Vaccination in Burma 1900-1911 - 1900-1911
Year: 1900
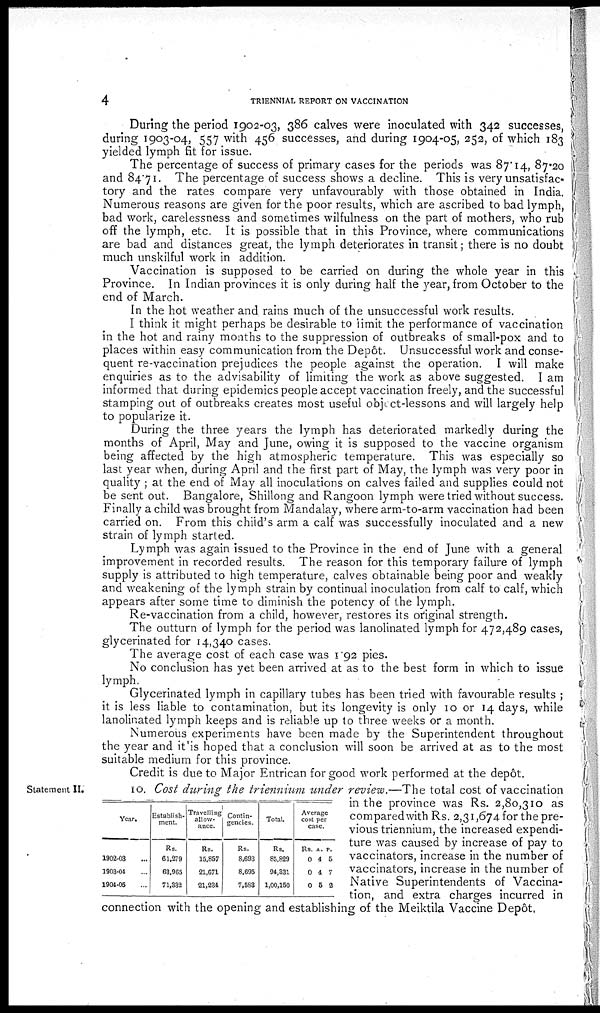
4
TRIENNIAL REPORT ON VACCINATION
During the period 1902-03, 386 calves were inoculated with 342 successes,
during 1903-04, 557 with 456 successes, and during 1904-05, 252, of which 183
yielded lymph fit for issue.
The percentage of success of primary cases for the periods was 87.14, 87.20
and 84.71. The percentage of success shows a decline. This is very unsatisfac-
tory and the rates compare very unfavourably with those obtained in India.
Numerous reasons are given for the poor results, which are ascribed to bad lymph,
bad work, carelessness and sometimes wilfulness on the part of mothers, who rub
off the lymph, etc. It is possible that in this Province, where communications
are bad and distances great, the lymph deteriorates in transit; there is no doubt
much unskilful work in addition.
Vaccination is supposed to be carried on during the whole year in this
Province. In Indian provinces it is only during half the year, from October to the
end of March.
In the hot weather and rains much of the unsuccessful work results.
I think it might perhaps be desirable to limit the performance of vaccination
in the hot and rainy months to the suppression of outbreaks of small-pox and to
places within easy communication from the Depôt. Unsuccessful work and conse-
quent re-vaccination prejudices the people against the operation. I will make
enquiries as to the advisability of limiting the work as above suggested. I am
informed that during epidemics people accept vaccination freely, and the successful
stamping out of outbreaks creates most useful object-lessons and will largely help
to popularize it.
During the three years the lymph has deteriorated markedly during the
months of April, May and June, owing it is supposed to the vaccine organism
being affected by the high atmospheric temperature. This was especially so
last year when, during April and the first part of May, the lymph was very poor in
quality ; at the end of May all inoculations on calves failed and supplies could not
be sent out. Bangalore, Shillong and Rangoon lymph were tried without success.
Finally a child was brought from Mandalay, where arm-to-arm vaccination had been
carried on. From this child's arm a calf was successfully inoculated and a new
strain of lymph started.
Lymph was again issued to the Province in the end of June with a general
improvement in recorded results. The reason for this temporary failure of lymph
supply is attributed to high temperature, calves obtainable being poor and weakly
and weakening of the lymph strain by continual inoculation from calf to calf, which
appears after some time to diminish the potency of the lymph.
Re-vaccination from a child, however, restores its original strength.
The outturn of lymph for the period was lanolinated lymph for 472,489 cases,
glycerinated for 14,340 cases.
The average cost of each case was 1.92 pies.
No conclusion has yet been arrived at as to the best form in which to issue
lymph.
Glycerinated lymph in capillary tubes has been tried with favourable results ;
it is less liable to contamination, but its longevity is only 10 or 14 days, while
lanolinated lymph keeps and is reliable up to three weeks or a month.
Numerous experiments have been made by the Superintendent throughout
the year and it is hoped that a conclusion will soon be arrived at as to the most
suitable medium for this province.
Credit is due to Major Entrican for good work performed at the depôt.
Statement II.
Year.
1902-03...
1903-04...
1904-05...
Establish-
ment.
Rs.
61,279
63,965
71,332
Travelling
allow-
ance.
Rs.
15,857
21,671
21,234
Contin-
gencies.
Rs.
8,693
8,695
7,583
Total.
Rs.
85,829
91,331
1,00,150
Average
cost per
case.
Rs.
0
0
0
A.
4
4
5
P.
5
7
2
10. Cost during the triennium under review.—The total cost of vaccination
in the province was Rs. 2,80,310 as
compared with Rs. 2,31,674 for the pre-
vious triennium, the increased expendi-
ture was caused by increase of pay to
vaccinators, increase in the number of
vaccinators, increase in the number of
Native Superintendents of Vaccina-
tion, and extra charges incurred in
connection with the opening and establishing of the Meiktila Vaccine Depôt.